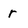
Character: r